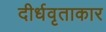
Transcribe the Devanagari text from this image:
दीर्धवृताकार